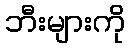
ဘီးများကို